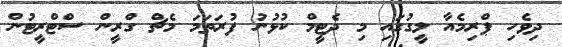
ދިވެހި ޕްރިމެއާ ލީގުގައި މި ދެޓީމް ކުޅުނު ފުރަތަމަ މެޗް ގްރީން ސްޓްރީޓުން